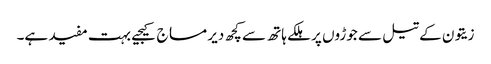
زیتون کے تیل سے جوڑوں پر ہلکے ہاتھ سے کچھ دیر مساج کیجیے بہت مفید ہے۔